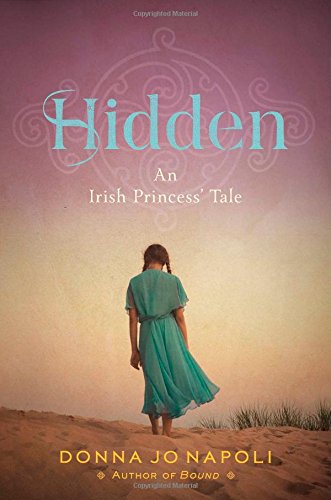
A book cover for Hidden; Donna Jo Napoli; Children's Books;